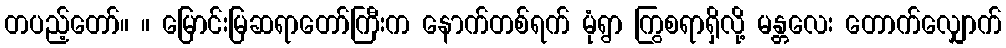
တပည့်တော်။ ။ မြောင်းမြဆရာတော်ကြီးက နောက်တစ်ရက် မုံရွာ ကြွစရာရှိလို့ မန္တလေး တောက်လျှောက်